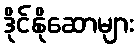
ဒိုင်နိုဆောများ